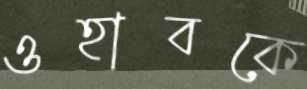
ওহাবকে